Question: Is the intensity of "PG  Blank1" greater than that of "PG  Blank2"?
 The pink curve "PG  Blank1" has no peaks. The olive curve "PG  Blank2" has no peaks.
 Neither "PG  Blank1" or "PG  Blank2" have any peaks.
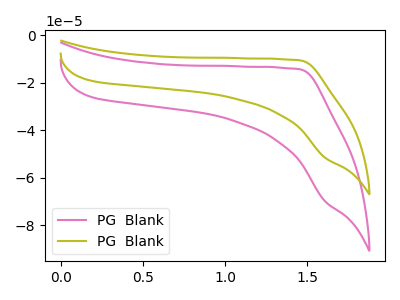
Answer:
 <answer>I cant tell if "PG  Blank1" or "PG  Blank2" has more signal.</answer>
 <eval>mixed_signal</eval>